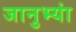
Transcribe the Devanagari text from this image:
जानुभ्यां